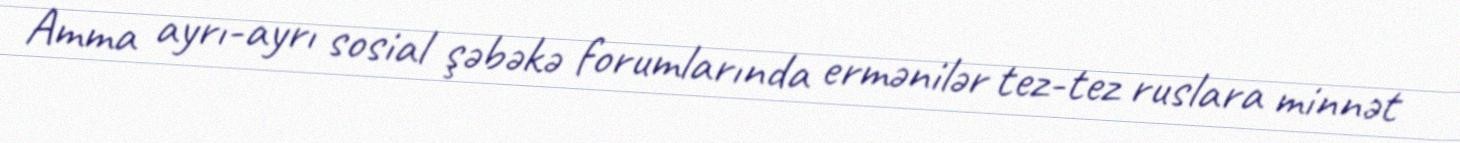
Amma ayrı-ayrı sosial şəbəkə forumlarında ermənilər tez-tez ruslara minnət